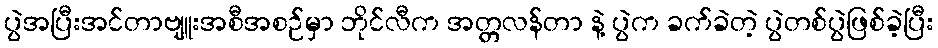
ပွဲအပြီးအင်တာဗျူးအစီအစဉ်မှာ ဘိုင်လီက အတ္တလန်တာ နဲ့ ပွဲက ခက်ခဲတဲ့ ပွဲတစ်ပွဲဖြစ်ခဲ့ပြီး